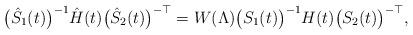
LaTeX: \begin{align*}\big(\hat S_1(t)\big)^{-1}\hat H(t)\big(\hat S_2(t)\big)^{-\top}=W(\Lambda) \big(S_1(t)\big)^{-1} H(t) \big(S_2(t)\big)^{-\top},\end{align*}